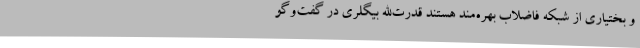
و بختیاری از شبکه فاضلاب بهره‌مند هستند قدرت‌الله بیگلری در گفت‌وگو